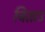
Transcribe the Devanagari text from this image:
चिताउ